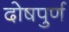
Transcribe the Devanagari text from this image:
दोषपुर्ण